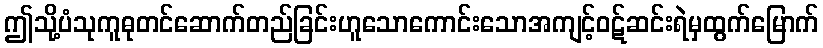
ဤသို့ပံသုကူဓုတင်ဆောက်တည်ခြင်းဟူသောကောင်းသောအကျင့်ဝဋ်ဆင်းရဲမှထွက်မြောက်